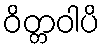
ဝိတ္တဝါပိ